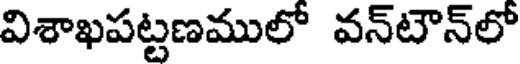
విశాఖపట్టణములో వన్టౌన్లో